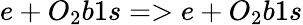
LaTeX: e+O_{2}b1s=>e+O_{2}b1s